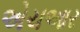
એચઆર